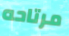
مرتاحه